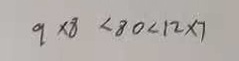
9 \times 8 < 8 0 < 1 2 \times 7